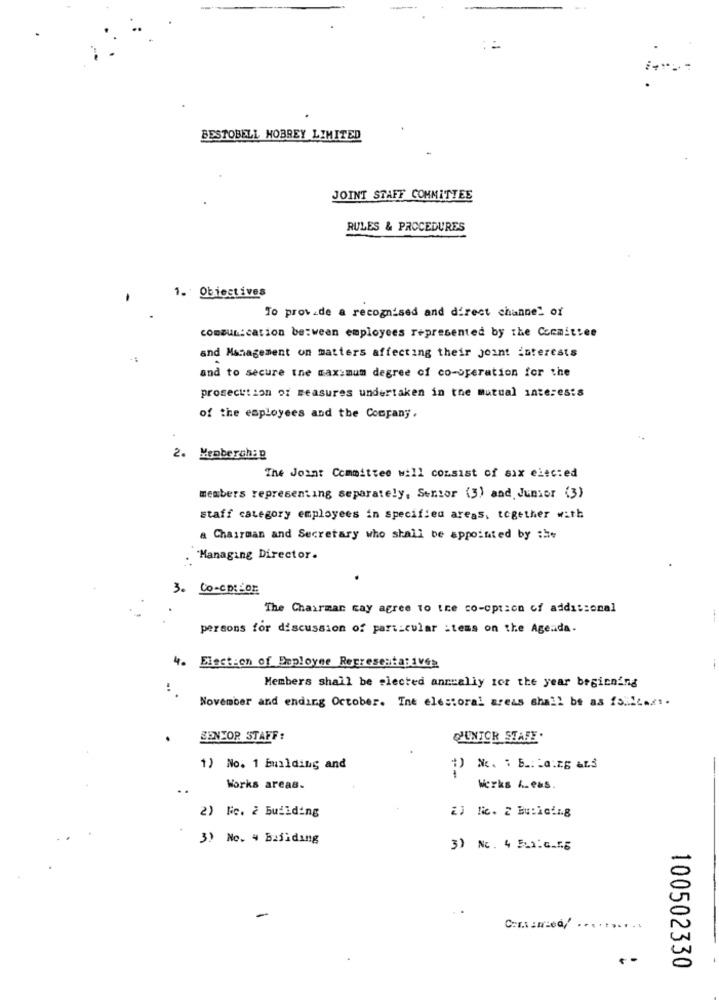
BESTOBELL HOBREY LIMITED
JOINT STAFF COMMITTEE
RULES & PROCEDURES
1. Obiectives
To provide a recognised and direct channel of
communication between employees represented by the Committee
and Management on matters affecting their joint interests
and to secure the maximum degree of co-operation for the
prosecution of measures undertaken in the mutual interests
of the employees and the Company.
2. Memberch: p
The Joint Committee will consist of six elected
members representing separately, Senior (3) and Junior (3)
staff category employees in specified areas, together with
a Chairman and Secretary who shall be appointed by the
"Managing Director.
.
3. CO-CD :- DE
The Chairman cay agree to the co-option of additional
persons for discussion of particular :tems on the Agenda.
4. Election of Employee Representatives
:
Members shall be elected annually tor the year beginning
November and ending October. Ine electoral areas shall be as fs.16.x1.
SENIOR STAFF:
QJUNIOR STAFF .
1) No. 1 Building and
Works areas.
Werks A.eas.
2) Fc. 2 building
2) lic. 2 Bu:icing
3) No. # Building
3) No. 4 5Li.G.f.g
Cort : med
.......
100502330